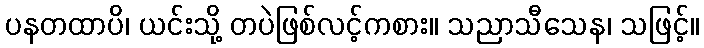
ပနတထာပိ၊ ယင်းသို့ တပဲဖြစ်လင့်ကစား။ သညာသီသေန၊ သဖြင့်။